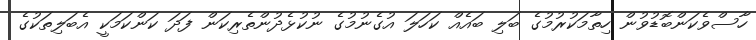
ހާސްވެކަންބޮޑުވުން ހިތާމަކުރުމުގެ ބަލި ބައެއް ކަހަލަ އުގެނުމުގެ ނުކުޅެދުންތެރިކަން ފަދަ ކަންކަމަކީ އެބަލިތަކުގެ